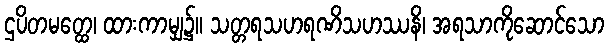
ဌပိတမတ္ထေ၊ ထားကာမျှ၌။ သတ္တရသဟရဏိသဟဿနိ၊ အရသာကိုဆောင်သော